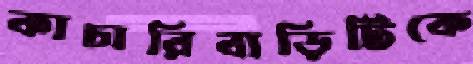
কাচারিবাড়িটিকে